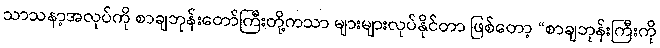
သာသနာ့အလုပ်ကို စာချဘုန်းတော်ကြီးတို့ကသာ များများလုပ်နိုင်တာ ဖြစ်တော့ “စာချဘုန်းကြီးကို